Indian journal of veterinary science and animal husbandry - Volumes 24-25, 1954-1955
Year: 1954
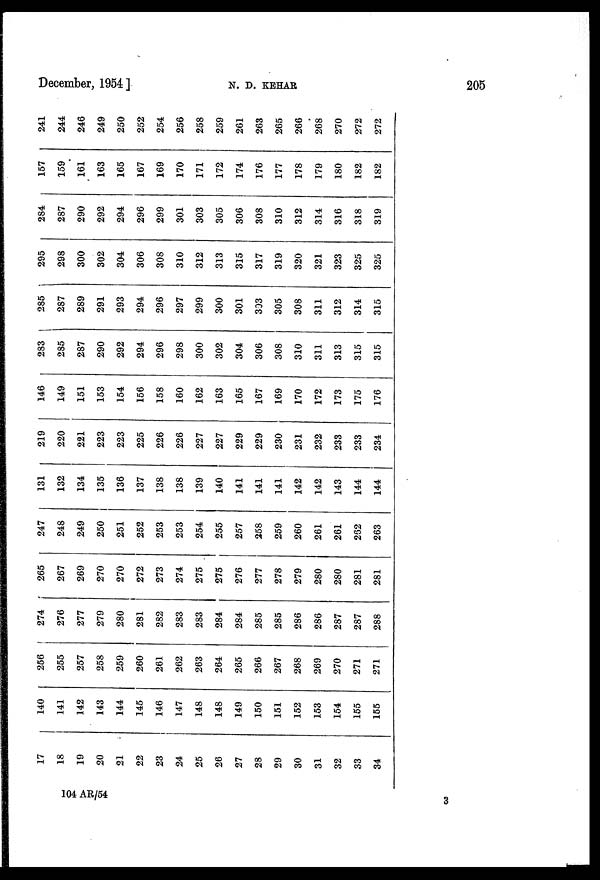
December, 1954]
N.
D.
KEHAR
205
17
18
19
20
21
22
23
24
25
26
27
28
29
30
31
32
33
34
140
141
142
143
144
145
146
147
148
148
149
150
151
152
153
154
155
155
256
255
257
258
259
260
261
262
263
264
265
266
267
268
269
270
271
271
274
276
277
279
280
281
282
283
283
284
284
285
285
286
286
287
287
288
265
267
269
270
270
272
273
274
275
275
276
277
278
279
280
280
281
281
247
248
249
250
251
252
253
253
254
255
257
258
259
260
261
261
262
263
131
132
134
135
136
137
138
138
139
140
141
141
141
142
142
143
144
144
219
220
221
223
223
225
226
226
227
227
229
229
230
231
232
233
233
234
146
149
151
153
154
156
158
160
162
163
165
167
169
170
172
173
175
176
283
285
287
290
292
294
296
298
300
302
304
306
308
310
311
313
315
315
285
287
289
291
293
294
296
297
299
300
301
303
305
308
311
312
314
315
295
298
300
302
304
306
308
310
312
313
315
317
319
320
321
323
325
325
284
287
290
292
294
296
299
301
303
305
306
308
310
312
314
316
318
319
157
159
161
163
165
167
169
170
171
172
174
176
177
178
179
180
182
182
241
244
246
249
250
252
254
256
258
259
261
263
265
266
268
270
272
272
104 AR/54
3